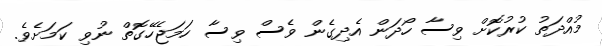
މުއްދަތު ކުރުކޮށް ވިސާ ހޯދަން އެދިގެން ވެސް ވިސާ ހަމަޖެހޭގޮތް ނުވި ކަމަށެވެ.